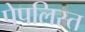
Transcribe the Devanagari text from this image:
पेपलिस्त